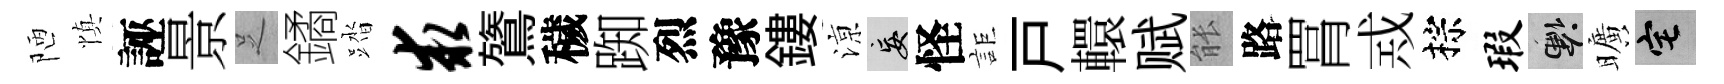
陋慎誣景𠯁鐍踏求鷟穢踟烈豫鏤鿌妄怪詎戸轘赋䏻路罥𢦶棕瑕懸曠宅